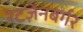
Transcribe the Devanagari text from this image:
रेटज़ेनबर्गर